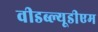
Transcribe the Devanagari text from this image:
वीडब्ल्यूडीएम